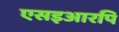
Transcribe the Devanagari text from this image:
एसइआरपि